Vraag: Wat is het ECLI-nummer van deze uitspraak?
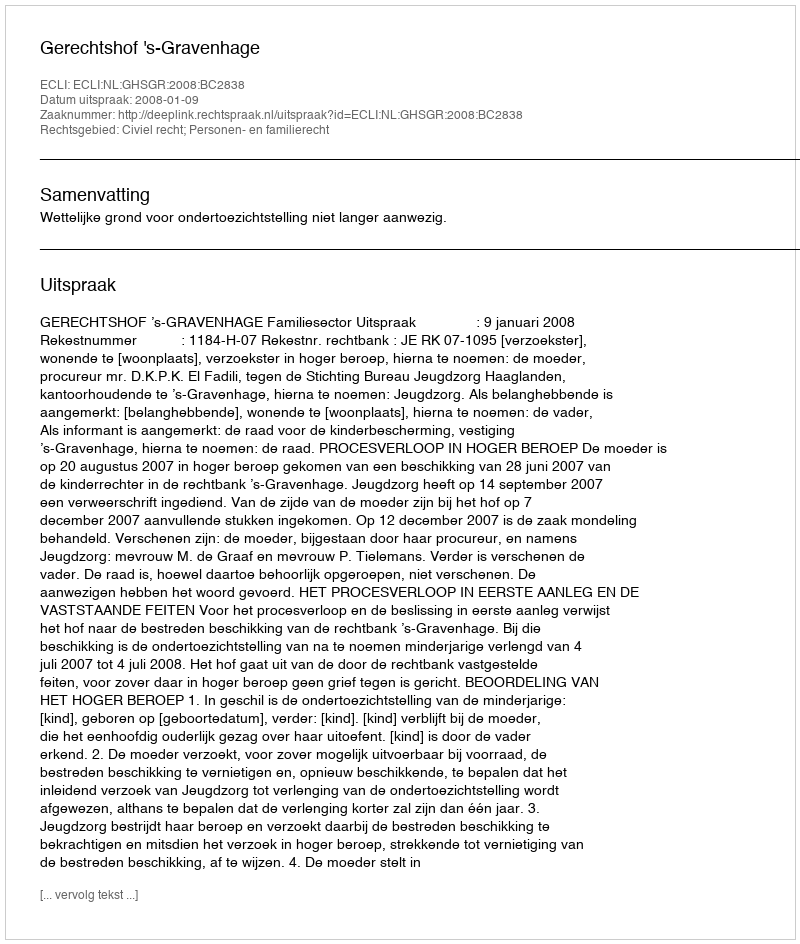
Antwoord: ECLI:NL:GHSGR:2008:BC2838